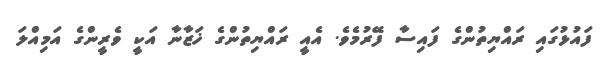
ފައުޅުގައި ރައްޔިތުންގެ ފައިސާ ފޭރުމެވެ. އެއީ ރައްޔިތުންގެ ޚަޒާނާ އަކީ ވެރީންގެ އަމިއްލަ